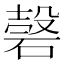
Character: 𥔼